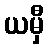
ယမှီ